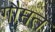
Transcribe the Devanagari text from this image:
गौमत